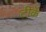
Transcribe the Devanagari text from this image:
टीकें